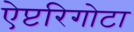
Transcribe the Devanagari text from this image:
ऐप्टरिगोटा